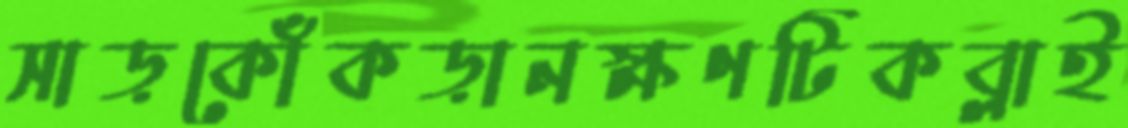
সাড়কোঁকড়ানক্ষণটিকব্‌লাই